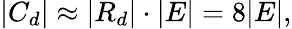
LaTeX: |C_{d}|\approx|R_{d}|\cdot|E|=8|E|,